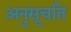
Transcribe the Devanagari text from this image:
अनुसूचति